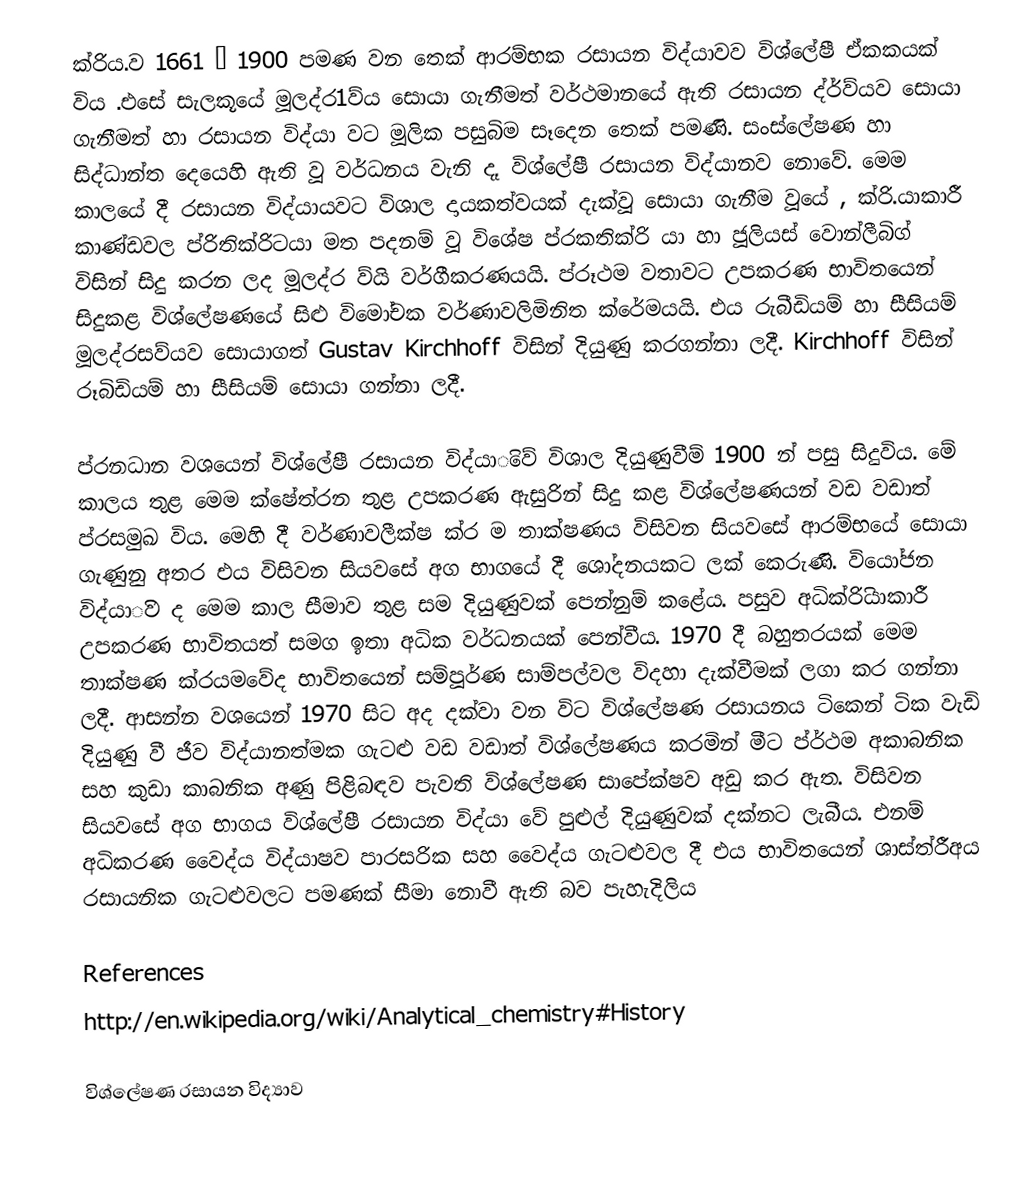
ක්රිය.ව 1661 – 1900 පමණ වන තෙක් ආරම්භක රසායන විද්යාවව විශ්ලේෂී ඒකකයක් විය .එසේ සැලකූයේ  මූලද්ර1ව්ය  සොයා ගැනීමත් වර්ථමානයේ ඇති රසායන ද්ර්ව්යව සොයා ගැනීමත් හා රසායන විද්යා වට මූලික පසුබිම සෑදෙන තෙක් පමණි. සංස්ලේෂණ හා සිද්ධාන්ත දෙයෙහි ඇති වූ වර්ධනය වැනි දෑ විශ්ලේෂී රසායන විද්යානව නොවේ. මෙම කාලයේ දී රසායන විද්යායවට විශාල දායකත්වයක් දැක්වූ සොයා ගැනීම වූයේ , ක්රි.යාකාරී කාණ්ඩවල ප්රිතික්රිටයා මත පදනම් වූ විශේෂ ප්රකතික්රි යා හා ජූලියස් වොන්ලීබිග් විසින් සිදු කරන ලද මූලද්ර ව්යි වර්ගීකරණයයි. ප්රූථම වත‍ාවට උපකරණ භාවිතයෙන් සිදුකළ විශ්ලේෂණයේ සිළු විමෝචක වර්ණාවලිමිනිත ක්රේමයයි. එය රුබීඩියම් හා සීසියම් මූලද්රසව්යව සොයාගත් Gustav Kirchhoff විසින් දියුණු කරගන්නා ලදී. Kirchhoff විසින් රූබිඩියම් හා සීසියම් සොයා ගන්නා ලදී.

ප්රනධාන වශයෙන් විශ්ලේෂී රසායන විද්යාිවේ විශාල දියුණුවීම් 1900 න් පසු සිදුවිය. මේ කාලය තුළ මෙම ක්ෂේත්රන තුළ උපකරණ ඇසු‍රින් සිදු කළ විශ්ලේෂණයන් වඩ වඩ‍ාත් ප්රසමුඛ විය. මෙහි දී වර්ණාවලීක්ෂ ක්ර ම තාක්ෂණය විසිවන සියවසේ  ආරම්භයේ සොයා ගැණුනු අතර එය විසිවන සියවසේ අග භාගයේ දී ශෝදනයකට ලක් කෙරුණි. වියෝජන විද්යාිව ද මෙම කාල සීමාව තුළ සම දියුණුවක් පෙන්නුම් කළේය. පසුව අධික්රිියාකාරී උපකරණ භාවිතයත් සමග ඉතා අධික වර්ධනයක් පෙන්වීය. 1970 දී බහුතරයක් මෙම තාක්ෂණ ක්රයමවේද භාවිතයෙන් සම්පූර්ණ සාම්පල්වල විදහා දැක්වීමක් ලගා කර ගන්නා ලදී. ආසන්න වශයෙන් 1970 සිට අද දක්වා වන විට වි‍ශ්ලේෂණ රසායනය ටිකෙන් ටික වැඩි දියුණු වී ජීව විද්යානත්මක ගැටළු වඩ වඩාත් විශ්ලේෂණය කරමින් මීට ප්ර්ථම අකාබනික සහ  කුඩා කාබනික අණු පිළිබඳව  පැවති  විශ්ලේෂණ සාපේක්ෂව අඩු කර ඇත. විසිවන සියවසේ අග භාගය විශ්ලේෂී රසායන විද්යා වේ පුළුල් දියුණුවක් දක්නට ලැබීය.  එනම් අධිකරණ වෛද්ය  විද්යාෂව පාරසරික සහ වෛද්ය‍ ගැටළුවල දී එය භාවිතයෙන් ශාස්ත්රීඅය රසායනික ගැටළුවලට පමණක් සීමා නොවී ඇති බව පැහැදිලිය

References
http://en.wikipedia.org/wiki/Analytical_chemistry#History

විශ්ලේෂණ රසායන විද්‍යාව